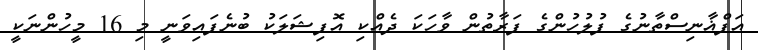
އަފްޣާނިސްތާނުގެ ފުލުހުންގެ ފަރާތުން ވާހަކަ ދެއްކި އޮފިޝަލަކު ބުނެފައިވަނީ މި 16 މީހުންނަކީ